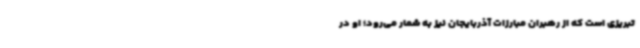
تبریزی است که از رهبران مبارزات آذربایجان نیز به شمار می‌رود؛ او در